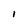
Character: I